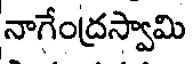
నాగేంద్రస్వామి